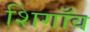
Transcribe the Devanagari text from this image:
शिगाँव